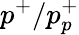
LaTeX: p^{+}/p_{p}^{+}